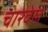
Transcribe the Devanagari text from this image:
चारवेल